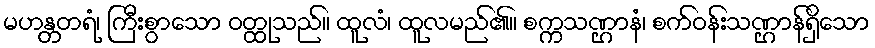
မဟန္တတရံ၊ ကြီးစွာသော ဝတ္ထုသည်။ ထူလံ၊ ထူလမည်၏။ စက္ကသဏ္ဌာနံ၊ စက်ဝန်းသဏ္ဌာန်ရှိသော